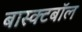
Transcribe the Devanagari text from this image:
बास्क्टबॉल